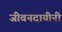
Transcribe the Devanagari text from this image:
जीवनदायीनी